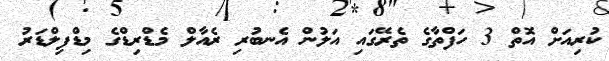
ކުރިއަށް އޮތް 3 ހަފްތާގެ ތެރޭގައި އަލުން އެނބުރި ރެެއާލް މެޑްރިޑްގެ މިޑްފިލްޑަރު